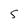
Character: S